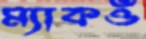
ম্যাকওঁ